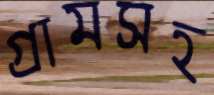
গ্রামসহ